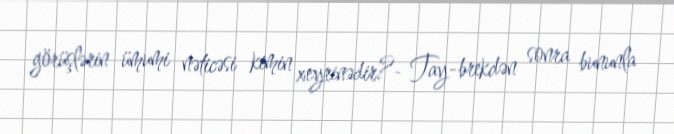
görüşlərin ümumi nəticəsi kimin xeyrinədir?- Tay-brekdən sonra bununla